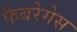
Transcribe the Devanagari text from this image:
फैबरेगेस